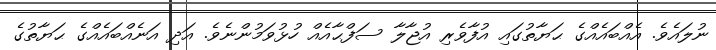
ނުލައެވެ. އެއްބައެއްގެ ޙަޔާތުގައި އުފާވެރި އުޖާލާ ސަފްޙާއެއް ހުޅުވަމުންނެވެ. އަދި އަނެއްބައެއްގެ ޙަޔާތުގެ